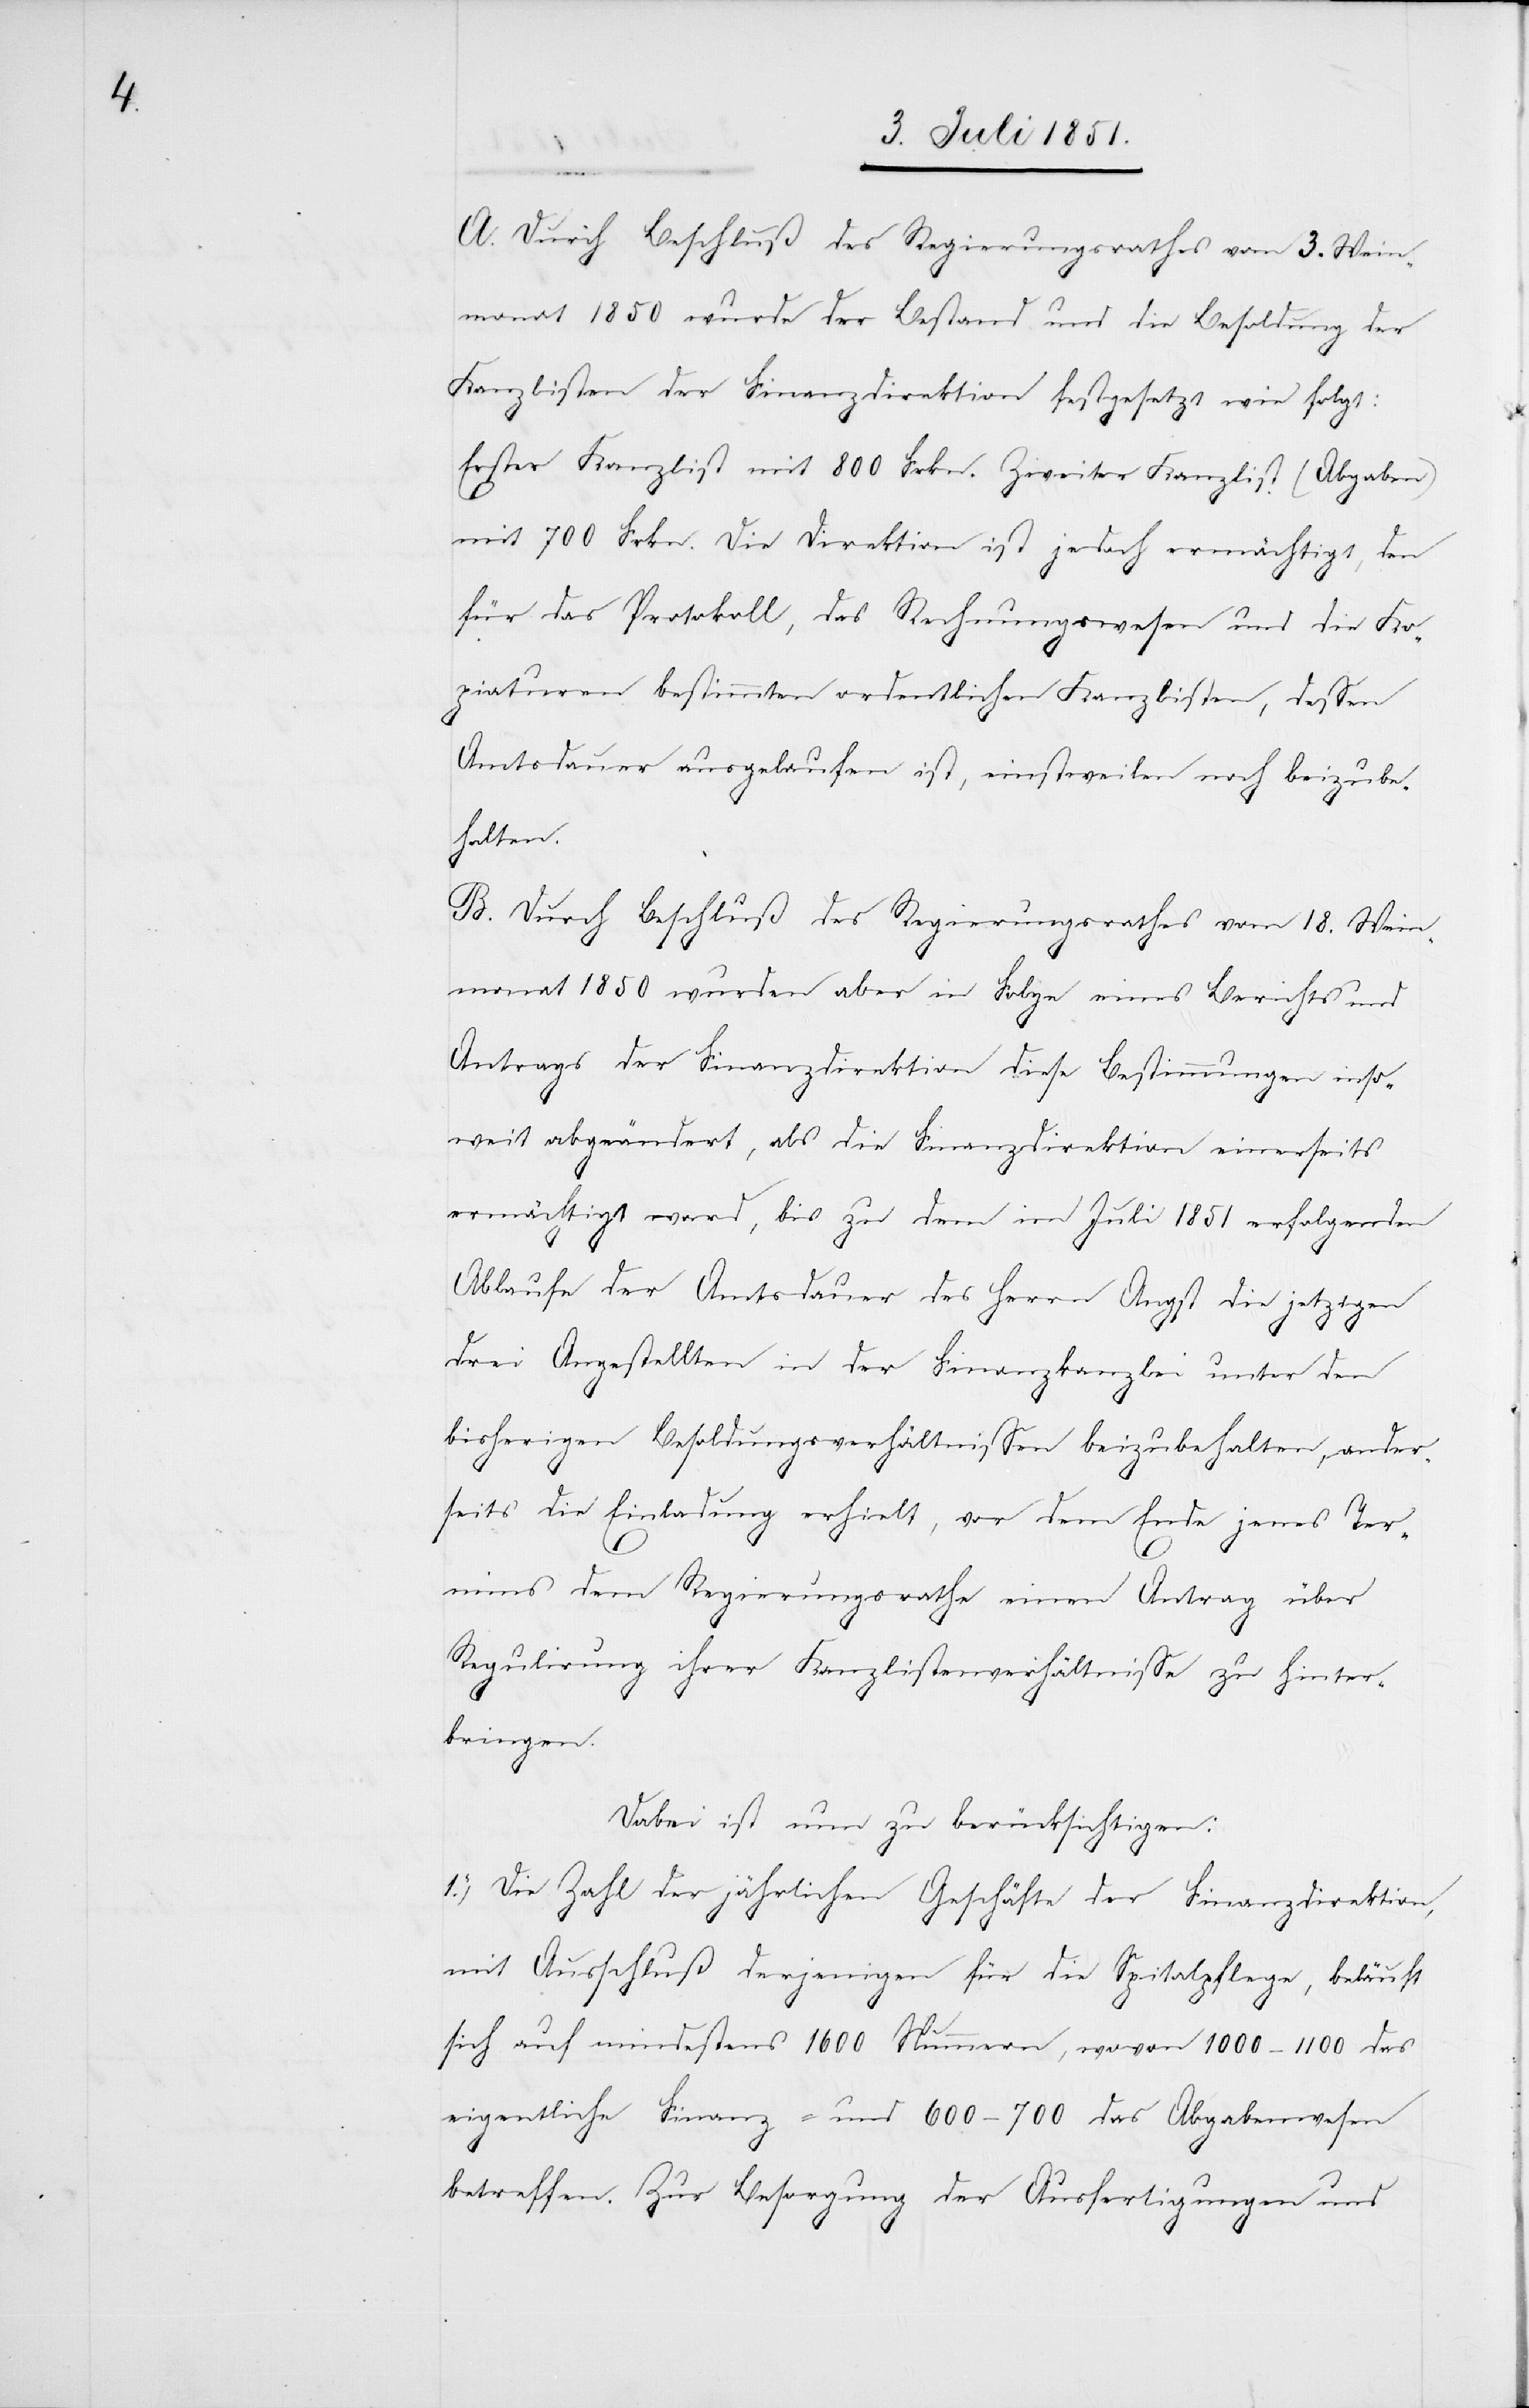
A. Durch Beschluß des Regierungsrathes vom 3. Wein¬
monat 1850 wurde der Bestand und die Besoldung der
Kanzlisten der Finanzdirektion festgesetzt wie folgt:
Erster Kanzlist mit 800 Frkn. Zweiter Kanzlist (Abgaben)
mit 700 Frkn. Die Direktion ist jedoch ermächtigt, den
für das Protokoll, das Rechnungswesen und die Ko¬
piaturen bestimmten ordentlichen Kanzlisten, dessen
Amtsdauer ausgelaufen ist, einstweilen noch beizube¬
halten.
B. Durch Beschluß des Regierungsrathes vom 18. Wein¬
monat 1850 wurden aber in Folge eines Berichts und
Antrags der Finanzdirektion diese Bestimmungen inso¬
weit abgeändert, als die Finanzdirektion einerseits
ermächtigt ward, bis zu dem im Juli 1851 erfolgenden
Ablaufe der Amtsdauer des Herrn Angst die jetzigen
drei Angestellten in der Finanzkanzlei unter den
bisherigen Besoldungsverhältnissen beizubehalten, ander¬
seits die Einladung erhielt, vor dem Ende jenes Ter¬
mins dem Regierungsrathe einen Antrag über
Regulirung ihrer Kanzlistenverhältnisse zu hinter¬
bringen.
Dabei ist nun zu berücksichtigen:
1.) Die Zahl der jährlichen Geschäfte der Finanzdirektion,
mit Ausschluß derjenigen für die Spitalpflege, beläuft
sich auf mindestens 1600 Nummern, wovon 1000–1100 das
eigentliche Finanz- und 600–700 das Abgabenwesen
betreffen. Zur Besorgung der Ausfertigungen und